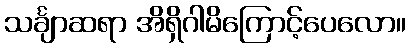
သင်္ချာဆရာ အိရှိဂါမိကြောင့်ပေလော။